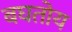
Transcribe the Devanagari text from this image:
बघतोय